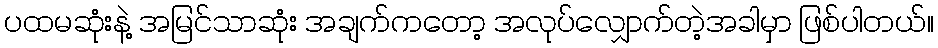
ပထမဆုံးနဲ့ အမြင်သာဆုံး အချက်ကတော့ အလုပ်လျှောက်တဲ့အခါမှာ ဖြစ်ပါတယ်။